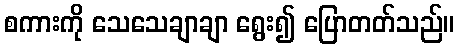
စကားကို သေသေချာချာ ရွေး၍ ပြောတတ်သည်။